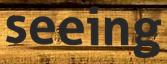
seeing